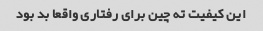
این کیفیت ته چین برای رفتاری واقعا بد بود